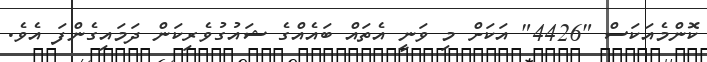
ކޮންމެއަކަަސް "4426" އަކަށް މި ވަނީ އެތައް ބައެއްގެ ޝައުގުވެރިކަން ދަމައިގެންފަ އެވެ.